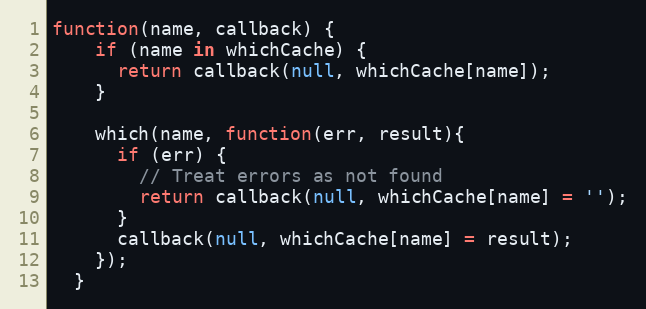
Language: JavaScript
function(name, callback) {
    if (name in whichCache) {
      return callback(null, whichCache[name]);
    }

    which(name, function(err, result){
      if (err) {
        // Treat errors as not found
        return callback(null, whichCache[name] = '');
      }
      callback(null, whichCache[name] = result);
    });
  }